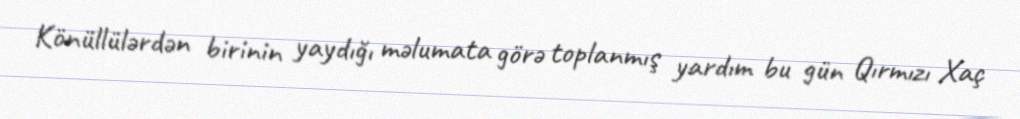
Könüllülərdən birinin yaydığı məlumata görə toplanmış yardım bu gün Qırmızı Xaç